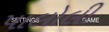
પાલોલી